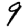
Digit: 9